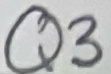
Text: Q3